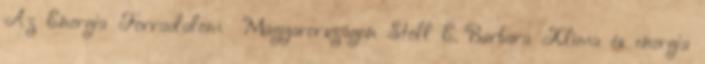
Az Energia Forradalom Magyarországon Stoll É. Barbara Klíma és energia